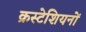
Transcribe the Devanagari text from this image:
क्रस्टेशियनों